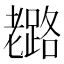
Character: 𦓉